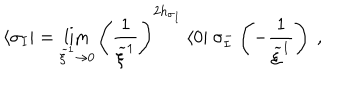
\langle \sigma _ { I } | = \lim _ { \widetilde { \xi } ^ { 1 } \rightarrow 0 } \left( \frac { 1 } { \widetilde { \xi } ^ { 1 } } \right) ^ { 2 h _ { \sigma _ { I } } } \, \langle 0 | ~ \sigma _ { I } ^ { - } \left( - \frac { 1 } { \widetilde { \xi } ^ { 1 } } \right) ~ ,